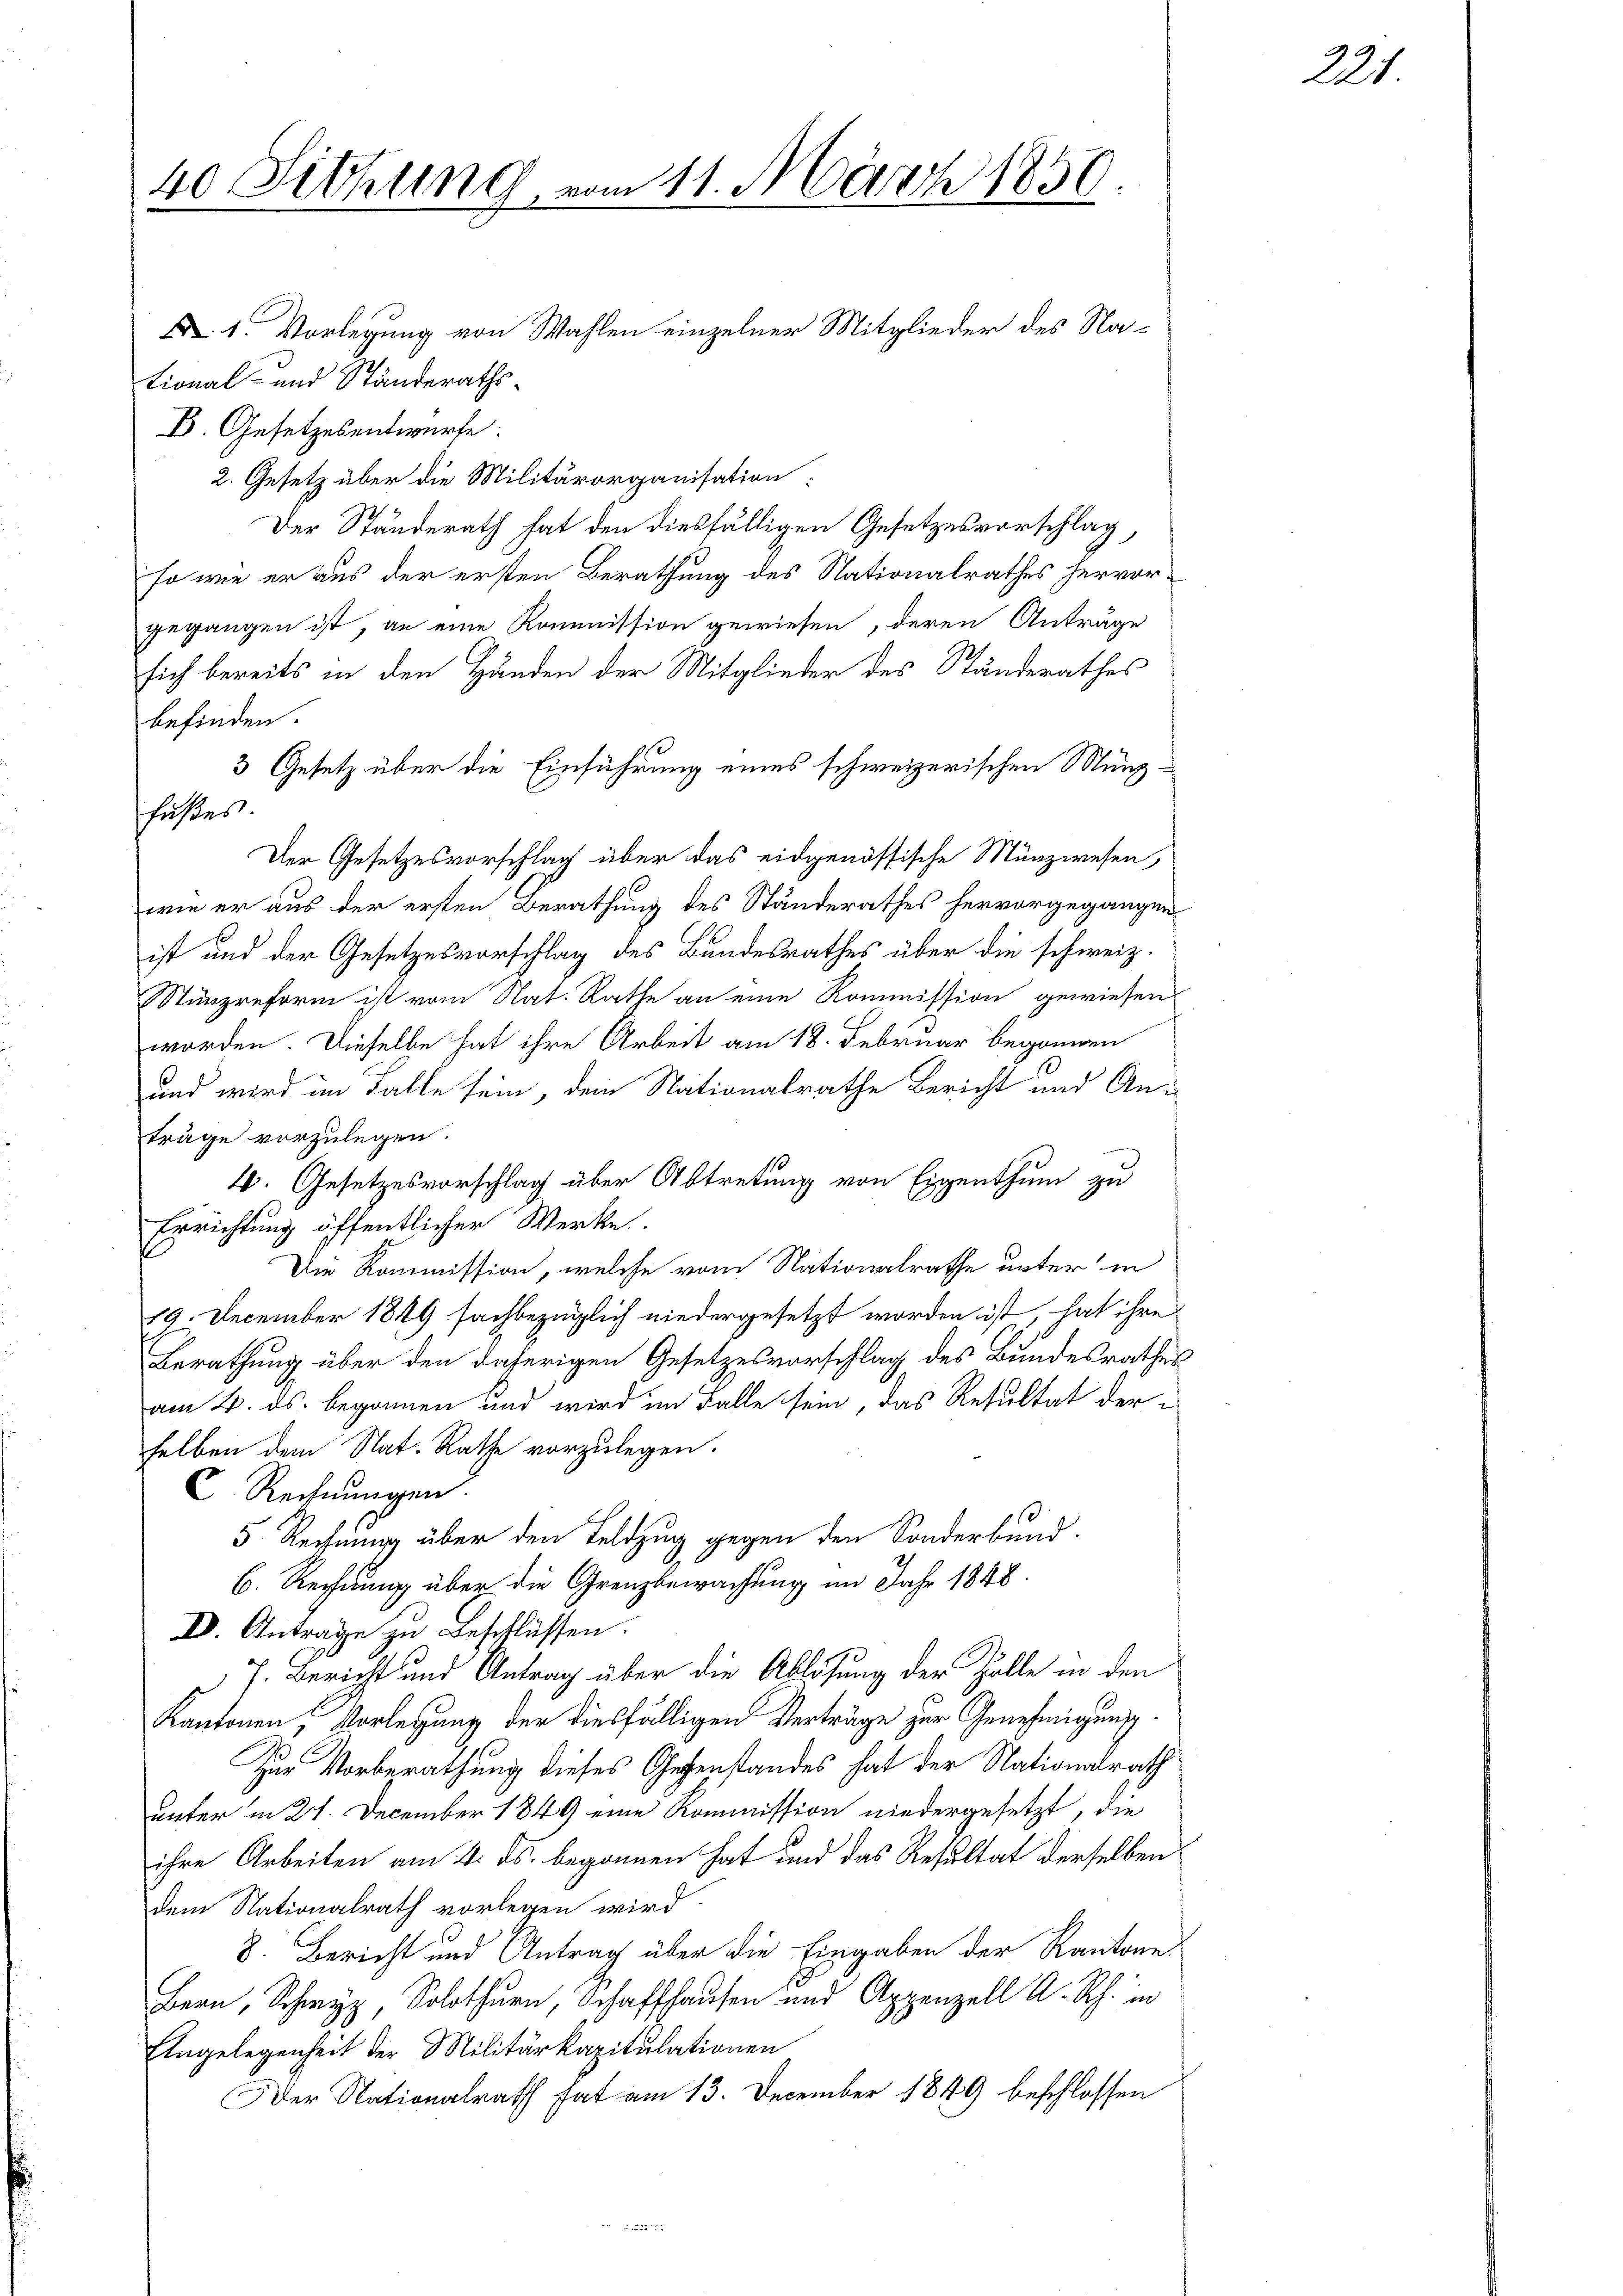
40 Sitzung, vom 11. März 1859.
D. 1. Vorlegung von Wahlen einzelner Mitglieder des National- und Ständeraths¬

B. Gesetzesentwürfe:
2. Gesetz über die Militärorganisation:
Der Ständerath hat den diesfälligen Gesetzesvorschlag,
so wie er aus der ersten Berathung des Nationalrathes hervorgegangen ist, an eine Kommission gewiesen, deren Anträge
sich bereits in den Händen der Mitglieder des Standerathes
befinden.
3 Gesetz über die Einführung eines schweizerischen Münzfußes.
Der Gesetzesvorschlag über das eidgenössische Münzwesen,
wie er aus der ersten Berathung des Standerathes hervorgegangen.
ist und der Gesetzesvorschlag des Bundesrathes über die schweiz.
Münzreform ist vom Nat. Rathe an eine Kommission gewiesen.
worden. Dieselbe hat ihre Arbeit am 18. Februar begonnen
und wird im Falle sein, dem Nationalrathe Bericht und An-
träge vorzulegen.
4. Gesetzesvorschlag über Abtretung von Eigenthum zu
Errichtung öffentlicher Werke.
Die Kommission, welche vom Nationalrathe unter in
19. December 1849 sachbezüglich niedergesetzt worden ist, hat ihre
Berathung über den daherigen Gesetzesvorschlag des Bundesrathes
am 2. ds. begonnen und wird im Falle sein, das Resultat der
selben dem Nat. Rathe vorzulegen.
C. Rechnungen.
5. Rechnung über den Feldzug gegen den Sonderbund.
6. Rechnung über die Grenzbewachung im Jahr 1848
IV. Anträge zu Beschlüssen.
7. Bericht und Antrag über die Ablösung der Zolle in den
Kantonen, Vorlegung der diesfälligen Verträge zur Genehmigung.
Zur Vorberathung dieses Gegenstandes hat der Nationalrath
unter in 21. December 1849 eine Kommission niedergesetzt, die
ihre Arbeiten am 4. ds. begonnen hat und das Resultat derselben
dem Nationalrath vorlegen wird
8. Bericht und Antrag über die Eingaben der Kantone
Bern, Schwyz, Solothurn, Schaffhausen und Appenzell A. Rh. in
Angelegenheit der Militärkapitulationen
Der Nationalrath hat am 13. December 1849 beschlossen

21.